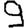
Digit: 9